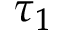
\tau _ { 1 }